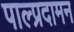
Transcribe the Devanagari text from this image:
पाल्प्रदामन